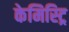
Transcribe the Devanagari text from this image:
केमिस्ट्रि